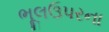
ભૂલઉપરના